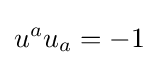
u^{a}u_{a}=-1